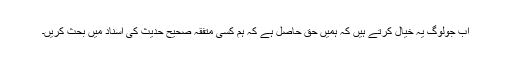
اب جولوگ یہ خیال کرتے ہیں کہ ہمیں حق حاصل ہے کہ ہم کسی متفقہ صحیح حدیث کی اسناد میں بحث کریں۔